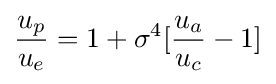
{\frac {u_{p}}{u_{e}}}=1+\sigma ^{4}[{\frac {u_{a}}{u_{c}}}-1]